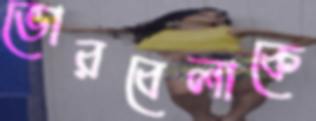
ভোরবেলাকে